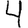
Digit: 4